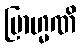
ဗြာဟ္မဏိ